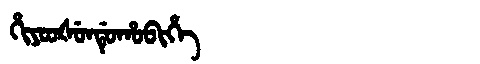
Manchu: ᡥᡳᠶᠣᠣᡧᡠᠨᡩᡠᡥᠣᠪᡳᡥᡝ
Romanization: HIYOOŠUNDUHOBIHE